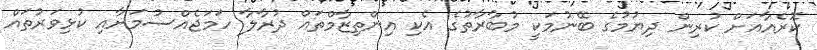
ކޮރެއާއަށް ކުރިން ދިޔުމުގެ ބޭނުމަކީ މުބާރާތުގެ އެކި އިންތިޒާމްތައް ދުރާލާ ހަމަޖެއްސުމަށާއި ކުޅިވަރުތައް